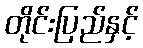
တိုင်းပြည်နှင့်